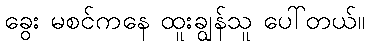
ခွေး မစင်ကနေ ထူးချွန်သူ ပေါ်တယ်။